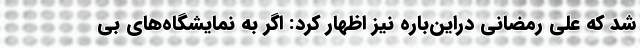
شد که علی رمضانی دراین‌باره نیز اظهار کرد: اگر به نمایشگاه‌های بی